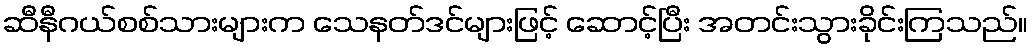
ဆီနီဂယ်စစ်သားများက သေနတ်ဒင်များဖြင့် ဆောင့်ပြီး အတင်းသွားခိုင်းကြသည်။